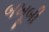
બખૂબી